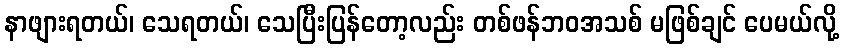
နာဖျားရတယ်၊ သေရတယ်၊ သေပြီးပြန်တော့လည်း တစ်ဖန်ဘဝအသစ် မဖြစ်ချင် ပေမယ်လို့